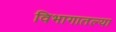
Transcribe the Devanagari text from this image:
विभागातल्या